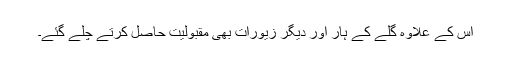
اس کے علاوہ گلے کے ہار اور دیگر زیورات بھی مقبولیت حاصل کرتے چلے گئے۔